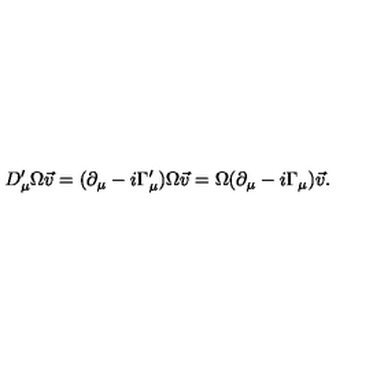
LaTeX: D _ { \mu } ^ { \prime } \Omega \vec { v } = ( \partial _ { \mu } - i \Gamma _ { \mu } ^ { \prime } ) \Omega \vec { v } = \Omega ( \partial _ { \mu } - i \Gamma _ { \mu } ) \vec { v } .